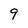
Character: 9